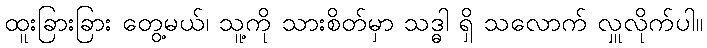
ထူးခြားခြား တွေ့မယ်၊ သူ့ကို သားစိတ်မှာ သဒ္ဓါ ရှိ သလောက် လှူလိုက်ပါ။